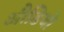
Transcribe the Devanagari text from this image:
औडियो